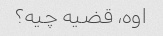
اوه، قضیه چیه؟